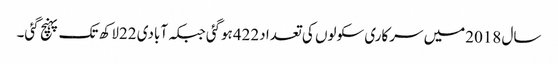
سال 2018میں سرکاری سکولوں کی تعدا د422ہوگئی جبکہ آبادی 22لاکھ تک پہنچ گئی۔